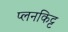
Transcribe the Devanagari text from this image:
प्लनकिट्ट